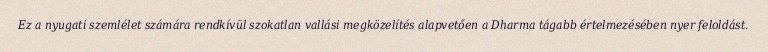
Ez a nyugati szemlélet számára rendkívül szokatlan vallási megközelítés alapvetően a Dharma tágabb értelmezésében nyer feloldást.